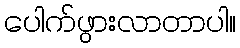
ပေါက်ဖွားလာတာပါ။